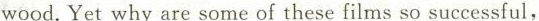
wood.Yet why are some of these films so successful,